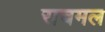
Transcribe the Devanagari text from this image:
राचमल